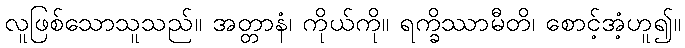
လူဖြစ်သောသူသည်။ အတ္တာနံ၊ ကိုယ်ကို။ ရက္ခိဿာမီတိ၊ စောင့်အံ့ဟူ၍။